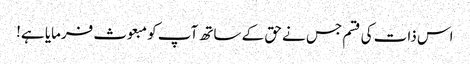
اس ذات کی قسم جس نے حق کے ساتھ آپ کو مبعوث فرمایا ہے!